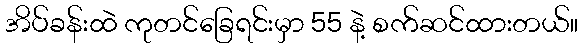
အိပ်ခန်းထဲ ကုတင်ခြေရင်းမှာ 55 နဲ့ စက်ဆင်ထားတယ်။